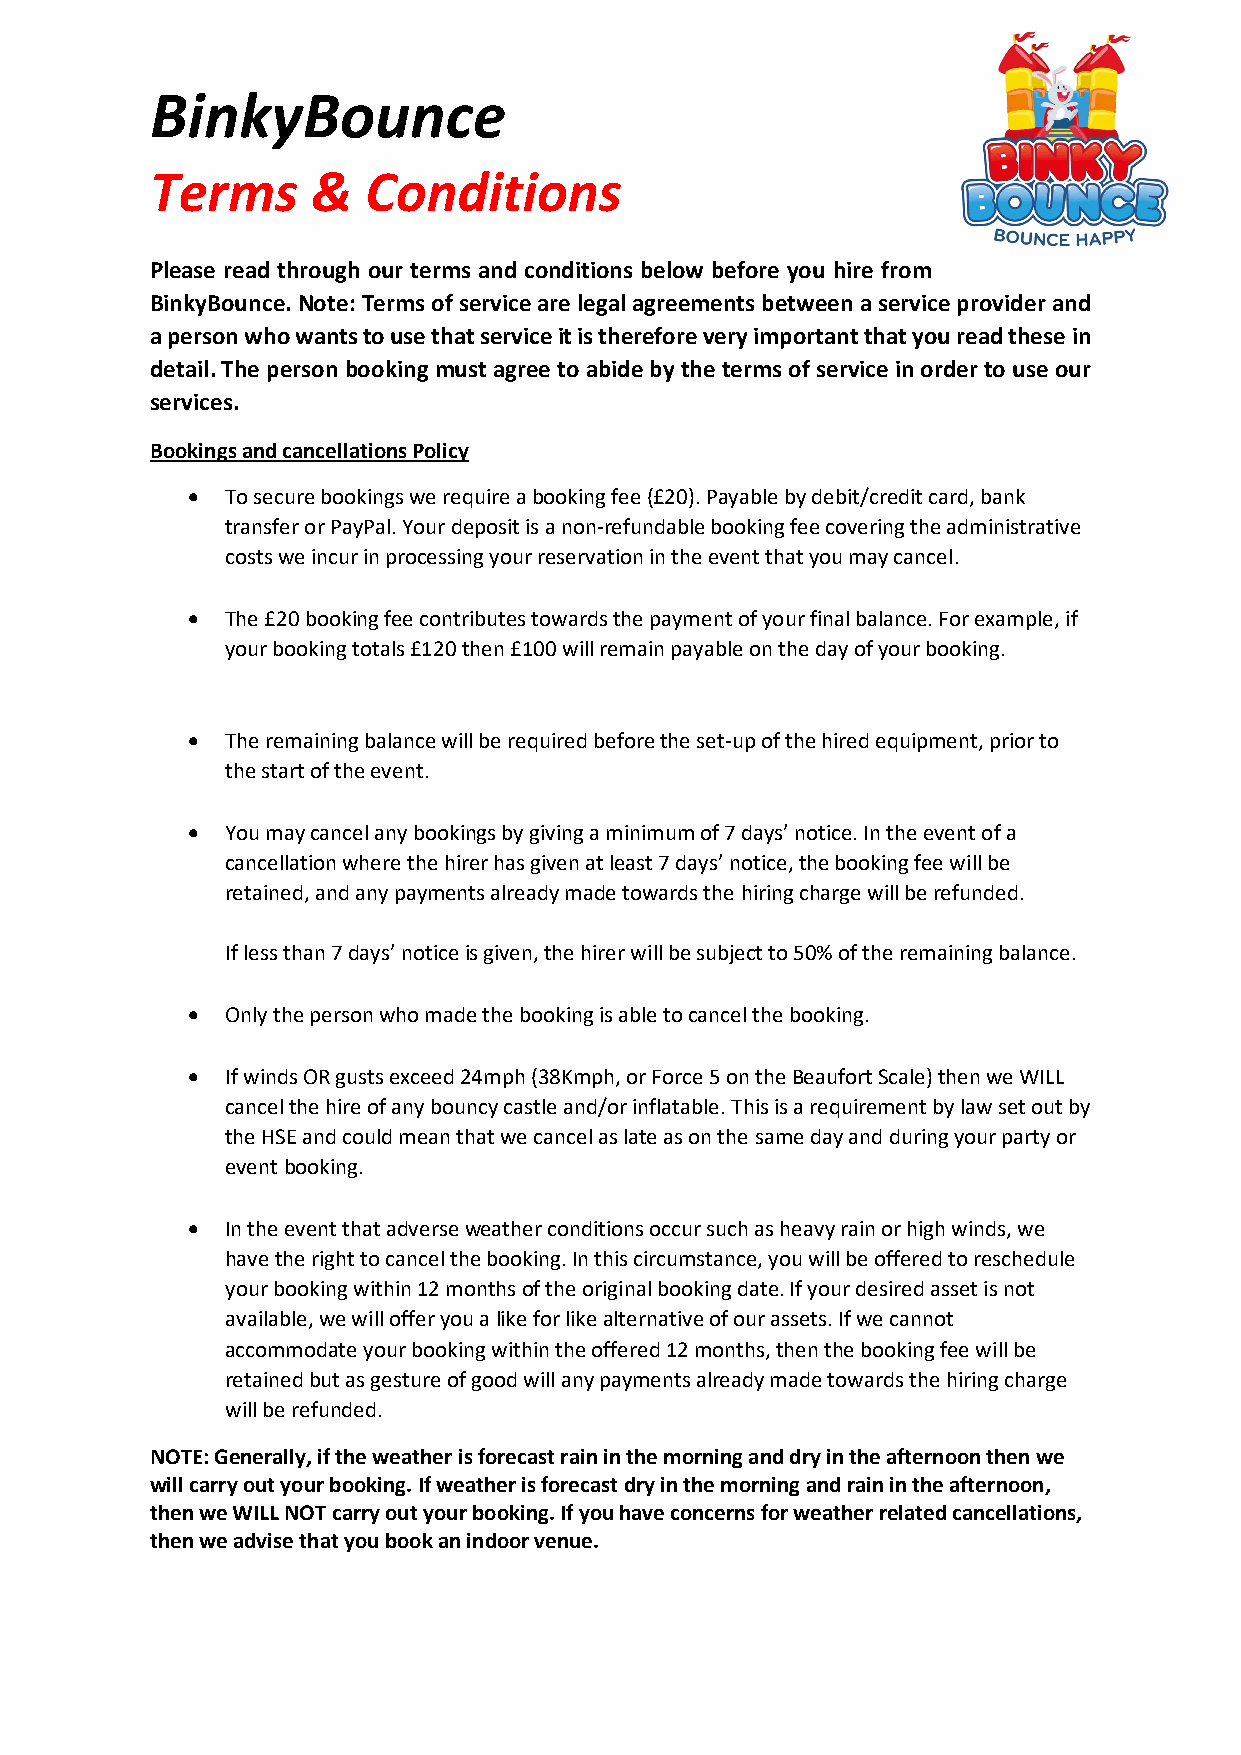
BinkyBounce
 Terms      &  Conditions
 Please read through our terms and conditions below before you hire from
 BinkyBounce. Note: Terms of service are legal agreements between a service provider and
 a person who wants to use that service it is therefore very important that you read these in
 detail. The person booking must agree to abide by the terms of service in order to use our
 services.
 Bookings and cancellations Policy
 •  To secure bookings we require a booking fee (£20). Payable by debit/credit card, bank
 transfer or PayPal. Your deposit is a non-refundable booking fee covering the administrative
 costs we incur in processing your reservation in the event that you may cancel.
 •  The £20 booking fee contributes towards the payment of your final balance. For example, if
 your booking totals £120 then £100 will remain payable on the day of your booking.
 •  The remaining balance will be required before the set-up of the hired equipment, prior to
 the start of the event.
 •  You may cancel any bookings by giving a minimum of 7 days’ notice. In the event of a
 cancellation where the hirer has given at least 7 days’ notice, the booking fee will be
 retained, and any payments already made towards the hiring charge will be refunded.
 If less than 7 days’ notice is given, the hirer will be subject to 50% of the remaining balance.
 •  Only the person who made the booking is able to cancel the booking.
 •  If winds OR gusts exceed 24mph (38Kmph, or Force 5 on the Beaufort Scale) then we WILL
 cancel the hire of any bouncy castle and/or inflatable. This is a requirement by law set out by
 the HSE and could mean that we cancel as late as on the same day and during your party or
 event booking.
 •  In the event that adverse weather conditions occur such as heavy rain or high winds, we
 have the right to cancel the booking. In this circumstance, you will be offered to reschedule
 your booking within 12 months of the original booking date. If your desired asset is not
 available, we will offer you a like for like alternative of our assets. If we cannot
 accommodate your booking within the offered 12 months, then the booking fee will be
 retained but as gesture of good will any payments already made towards the hiring charge
 will be refunded.
 NOTE: Generally, if the weather is forecast rain in the morning and dry in the afternoon then we
 will carry out your booking. If weather is forecast dry in the morning and rain in the afternoon,
 then we WILL NOT carry out your booking. If you have concerns for weather related cancellations,
 then we advise that you book an indoor venue.